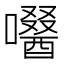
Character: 𡂜